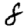
Digit: 8